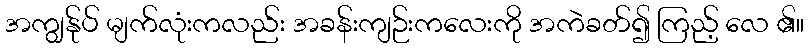
အကျွန်ုပ် မျက်လုံးကလည်း အခန်းကျဉ်းကလေးကို အကဲခတ်၍ ကြည့် လေ ၏။